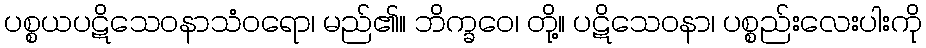
ပစ္စယပဋိသေဝနာသံဝရော၊ မည်၏။ ဘိက္ခဝေ၊ တို့။ ပဋိသေဝနာ၊ ပစ္စည်းလေးပါးကို